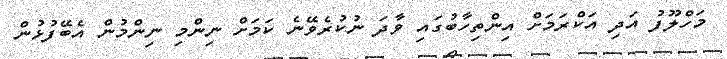
މަހްލޫފު އަދި އަކްރަމަށް އިންތިހާބުގައި ވާދަ ނުކުރެވޭނެ ކަމަށް ނިންމި ނިންމުން އެބޭފުޅުން